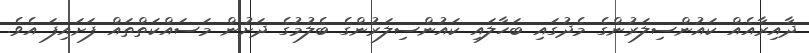
ދާއިރާއެއް ކައުންސިލަރުންގެ މެދުގައި ބަހާލައި ކައުންސިލަރުންގެ ބެލުމުގެ ދަށުން މަސައްކަތްތައް ފަށައިފަ އެވެ.